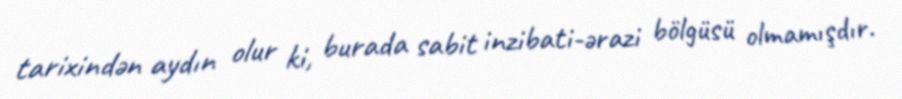
tarixindən aydın olur ki, burada sabit inzibati-ərazi bölgüsü olmamışdır.